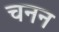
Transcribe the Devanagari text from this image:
चनन